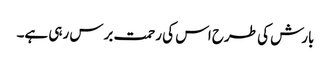
بارش کی طرح اس کی رحمت برس رہی ہے۔